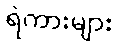
ရဲကားများ